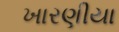
ખારણીયા